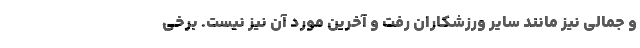
و جمالی نیز مانند سایر ورزشکاران رفت و آخرین مورد آن نیز نیست. برخی